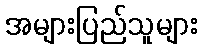
အများပြည်သူများ